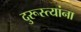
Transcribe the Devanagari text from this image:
दुरूस्त्यांना